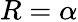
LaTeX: R=\alpha